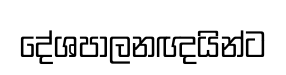
දේශපාලනඥයින්ට